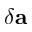
\delta \bf a